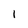
Character: 1